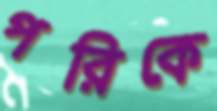
পরিকে